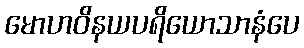
မောဟဝိနယပရိယောသာနံပေ